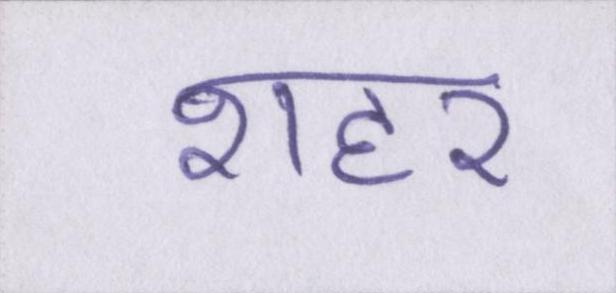
शहर